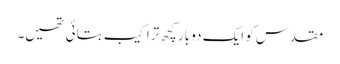
مقدس کو ایک دو بار کچھ تراکیب بتائی تھیں۔